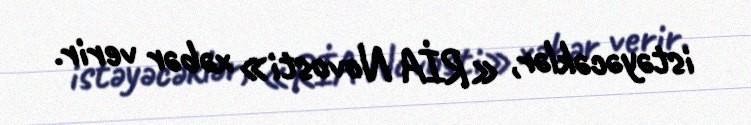
istəyəcəklər, «RİA Novosti» xəbər verir.